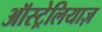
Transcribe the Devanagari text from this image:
ऑस्ट्रेलियाज़